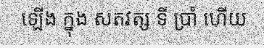
ឡើង ក្នុង សតវត្ស ទី ប្រាំ ហើយ